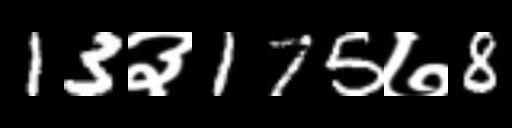
Text: 13३175७8